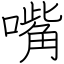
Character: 嘴